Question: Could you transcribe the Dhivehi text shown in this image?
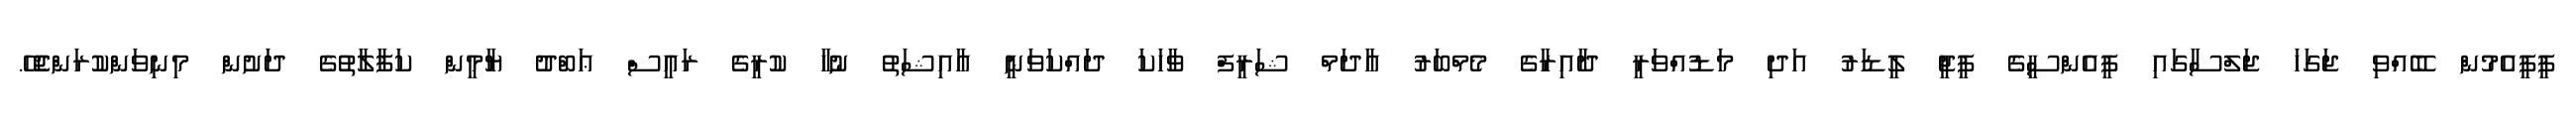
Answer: ޕީޕީއެމުން ބޭއްވި ޖަގަހަ ޖަލްސާގައި ޕީއެންސީގެ ޕީޖީ ލީޑަރު އަދި މަޑުއްވަރީ ދާއިރާގެ މެމްބަރު އާދަމް ޝަރީފް ވާހަކަ ދައްކަވަނީ އާއިޝަތު ނުހާ ކުރީގެ ރައީސް ޢަބްދު ޔާމީން ކަފާލާތުގެ ދަށުން މިނިވަންކުރަންޖެހޭ.